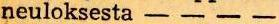
neuloksesta - - - -